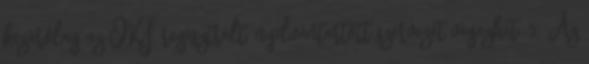
kizárólag az OKF regisztrált, nyilvántartott szervezet végezhet. 5. Az